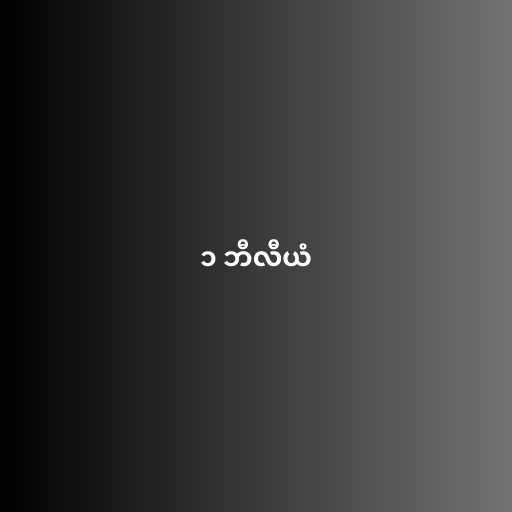
၁ ဘီလီယံ